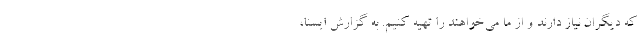
که دیگران نیاز دارند و از ما می‌خواهند را تهیه کنیم. به گزارش ایسنا،